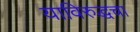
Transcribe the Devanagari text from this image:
याविरुद्धचा